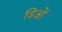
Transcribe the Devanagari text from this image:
डिओं